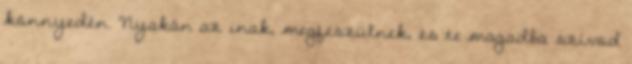
könnyedén. Nyakán az inak, megfeszülnek, és te magadba szívod